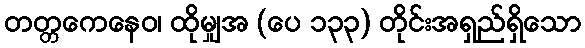
တတ္တကေနေဝ၊ ထိုမျှအ (ပေ ၁၃၃) တိုင်းအရှည်ရှိသော